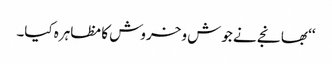
‘‘ بھانجے نے جوش و خروش کا مظاہرہ کیا۔